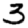
Digit: 3